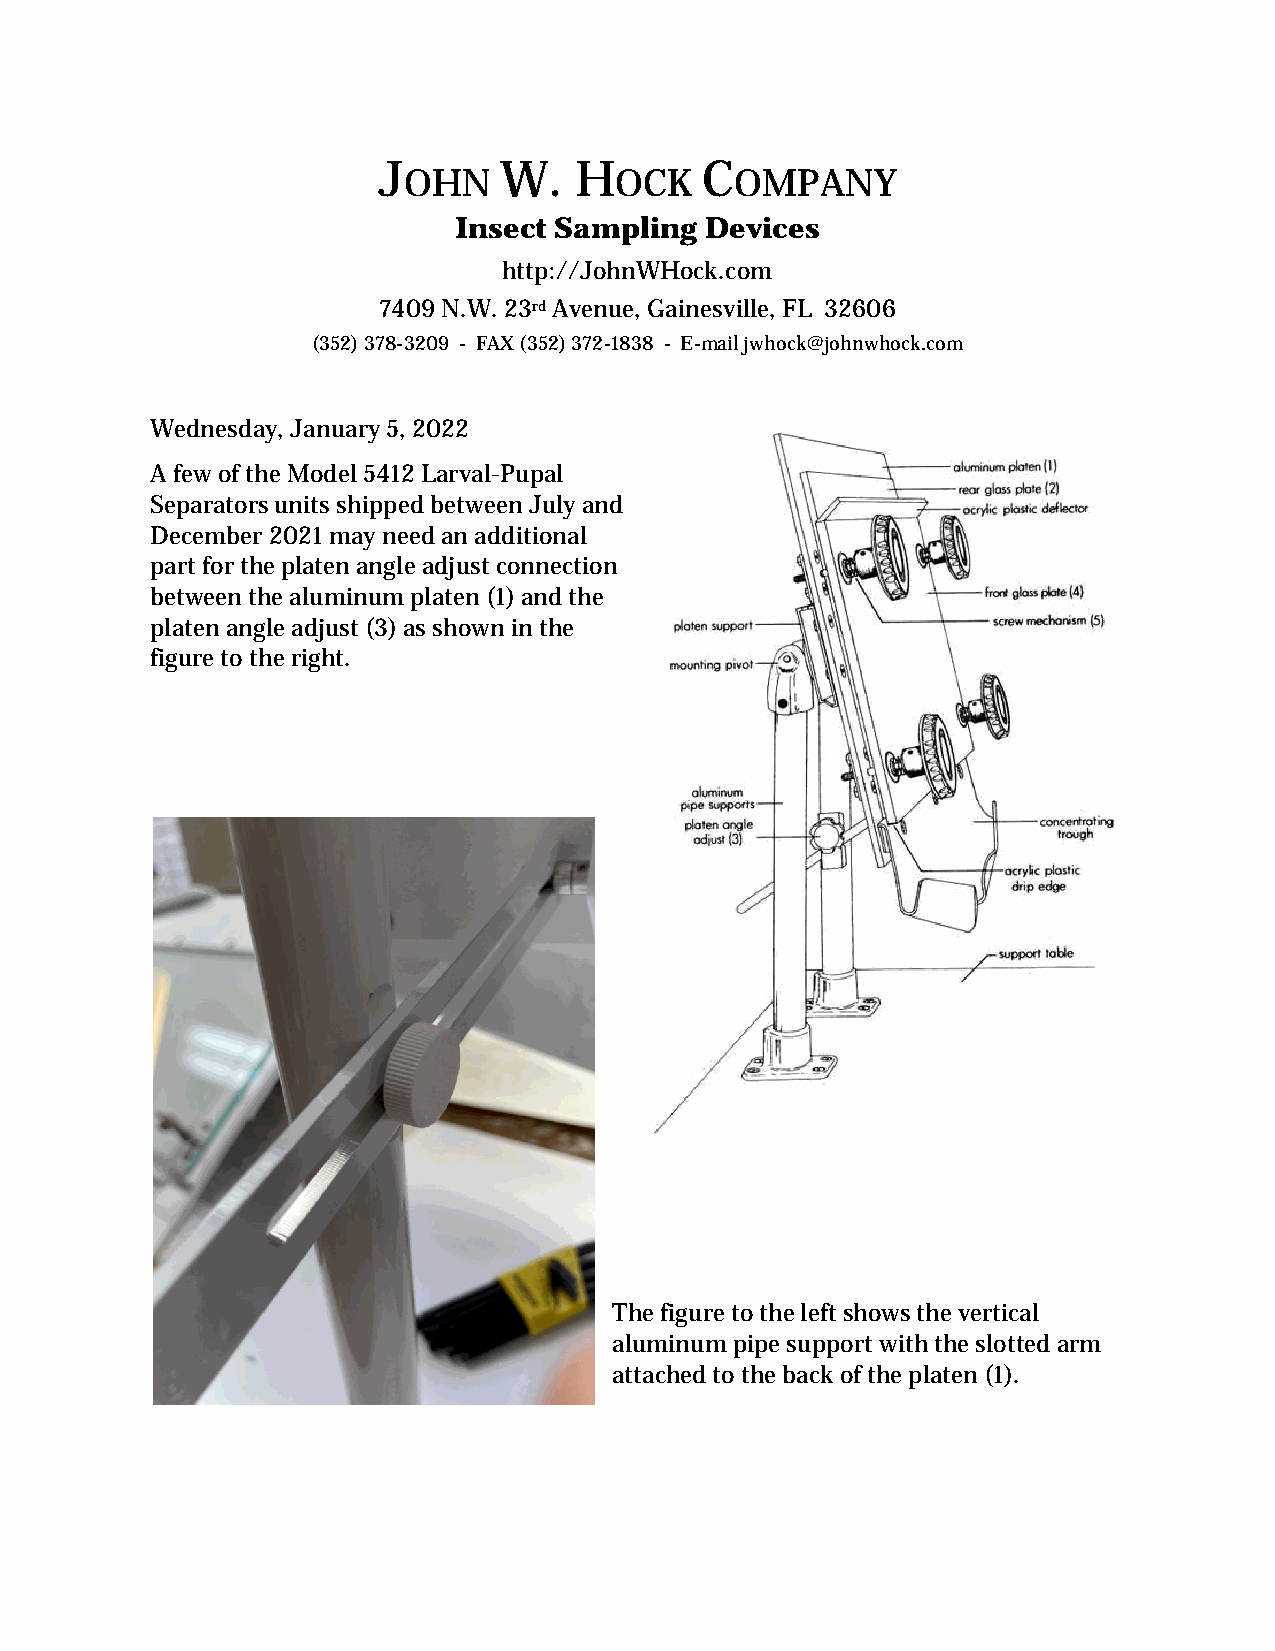
J       W.   H       C
 OHN           OCK     OMPANY
 Insect Sampling  Devices
 http://JohnWHock.com
 7409 N.W. 23rd Avenue, Gainesville, FL 32606
 (352) 378-3209 - FAX (352) 372-1838 - E-mail jwhock@johnwhock.com
 Wednesday, January 5, 2022
 A few of the Model 5412 Larval-Pupal
 Separators units shipped between July and
 December 2021 may need an additional
 part for the platen angle adjust connection
 between the aluminum platen (1) and the
 platen angle adjust (3) as shown in the
 figure to the right.
 The figure to the left shows the vertical
 aluminum pipe support with the slotted arm
 attached to the back of the platen (1).